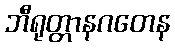
ဘီရုတ္တာနဂတေန